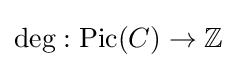
\operatorname {deg} :\operatorname {Pic} (C)\to \mathbb {Z}